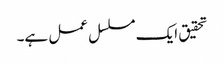
تحقیق ایک مسلسل عمل ہے۔